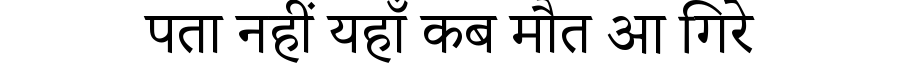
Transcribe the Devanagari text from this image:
पता नहीं यहाँ कब मौत आ गिरे